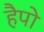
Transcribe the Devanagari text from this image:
हैपो